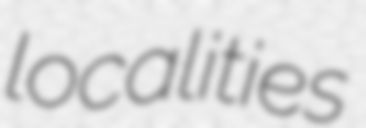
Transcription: localities